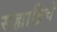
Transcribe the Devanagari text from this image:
सह्याद्रिचे